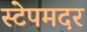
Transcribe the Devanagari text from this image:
स्टेपमदर